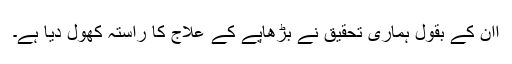
اان کے بقول ہماری تحقیق نے بڑھاپے کے علاج کا راستہ کھول دیا ہے۔